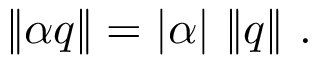
\lVert \alpha q \rVert = \left| \alpha \right| \, \lVert q \rVert ~ .